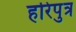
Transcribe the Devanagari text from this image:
हरिपुत्र